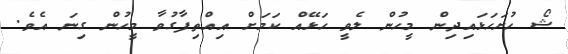
ޝޯ ހުށަހަޅައިދިން މީހުން ލެވީ ހަޅޭއް ކަމަށް އިއްތިފާގުވާ މީހުން ގިނަ އެވެ.